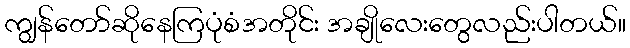
ကျွန်တော်ဆိုနေကြပုံစံအတိုင်း အချိုလေးတွေလည်းပါတယ်။